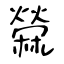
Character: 檾